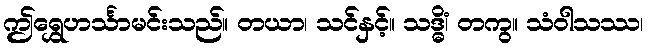
ဤရွှေဟင်္သာမင်းသည်။ တယာ၊ သင်နှင့်။ သဒ္ဓိံ၊ တကွ။ သံဝါသဿ၊